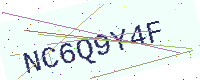
Text: NC6Q9Y4F